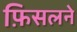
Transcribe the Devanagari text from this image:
फ़िसलने